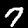
Digit: 7